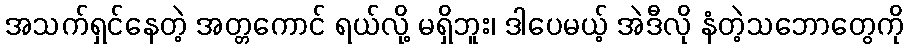
အသက်ရှင်နေတဲ့ အတ္တကောင် ရယ်လို့ မရှိဘူး၊ ဒါပေမယ့် အဲဒီလို နံတဲ့သဘောတွေကို